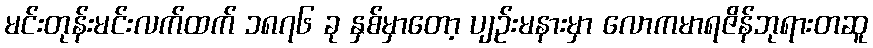
မင်းတုန်းမင်းလက်ထက် ၁၈၇၆ ခု နှစ်မှာတော့ ပျဉ်းမနားမှာ လောကမာရဇိန်ဘုရားတဆူ